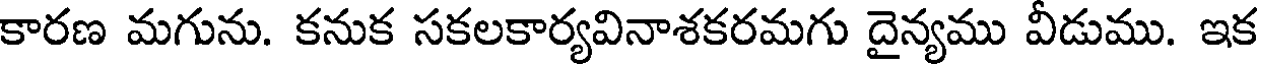
కారణ మగును. కనుక సకలకార్యవినాశకరమగు దైన్యము వీడుము. ఇక